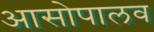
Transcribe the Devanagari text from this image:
आसोपालव